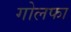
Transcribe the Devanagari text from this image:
गोलफा